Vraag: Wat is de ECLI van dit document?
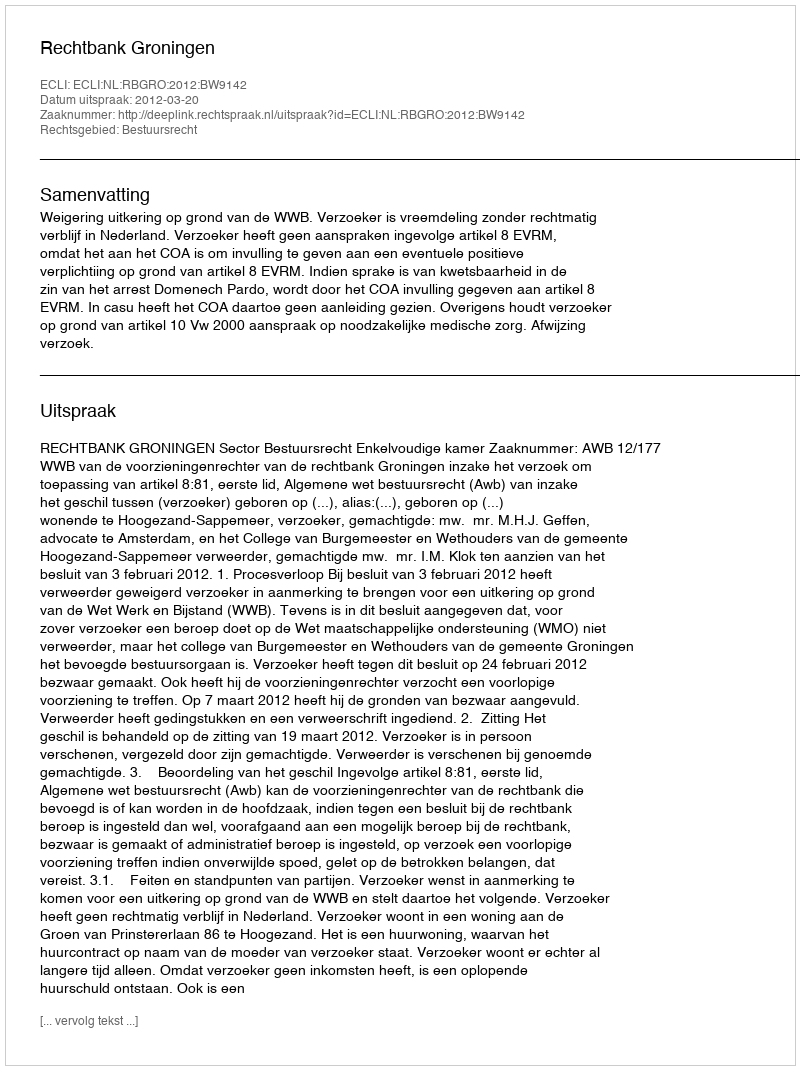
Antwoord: ECLI:NL:RBGRO:2012:BW9142